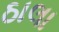
ઠાલા